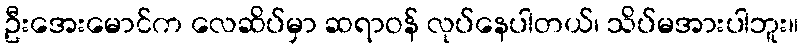
ဦးအေးမောင်က လေဆိပ်မှာ ဆရာဝန် လုပ်နေပါတယ်၊ သိပ်မအားပါဘူး။